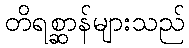
တိရစ္ဆာန်များသည်